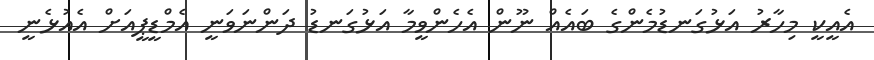
އެއީކީ މިހާރު އަޅުގަނޑުމެންގެ ބައެއް ނޫން އެހެންވީމާ އަޅުގަނޑު ދަންނަވަނީ އެމްޑީޕީއަށް އެއުޅެނީ